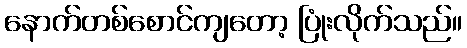
နောက်တစ်စောင်ကျတော့ ပြုံးလိုက်သည်။